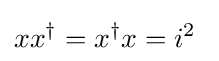
xx^{\dagger }=x^{\dagger }x=i^{2}~